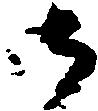
御